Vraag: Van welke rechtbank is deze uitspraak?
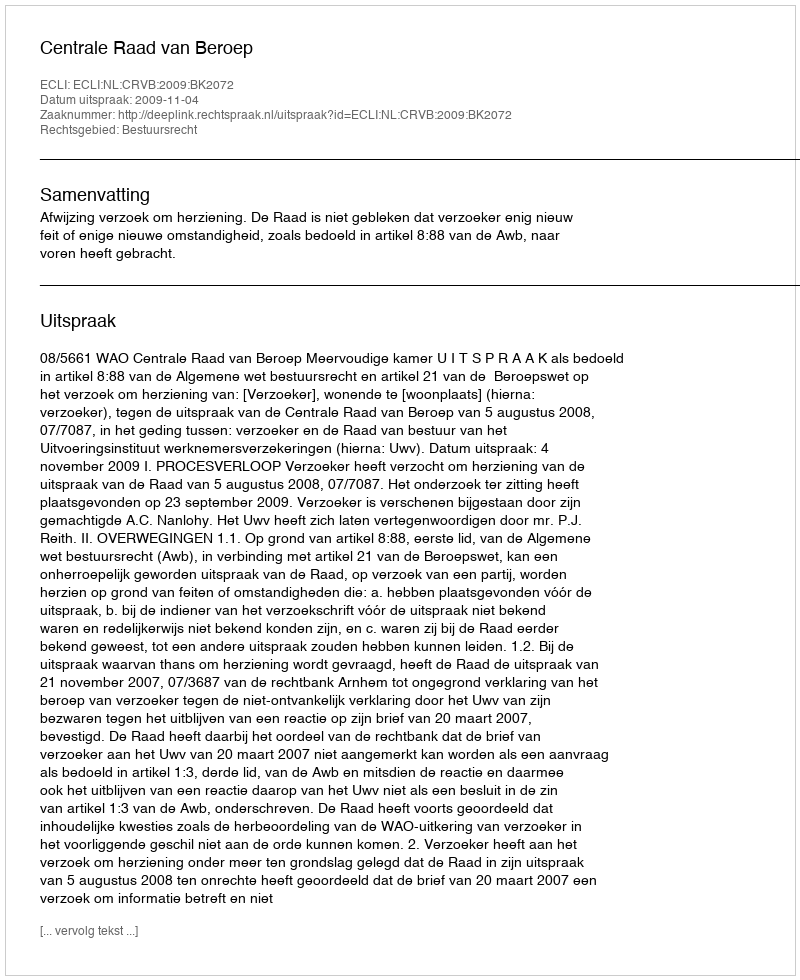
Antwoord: Centrale Raad van Beroep